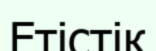
Етістік